Vaccination in Bombay 1874-1876 - 1874-1876
Year: 1874
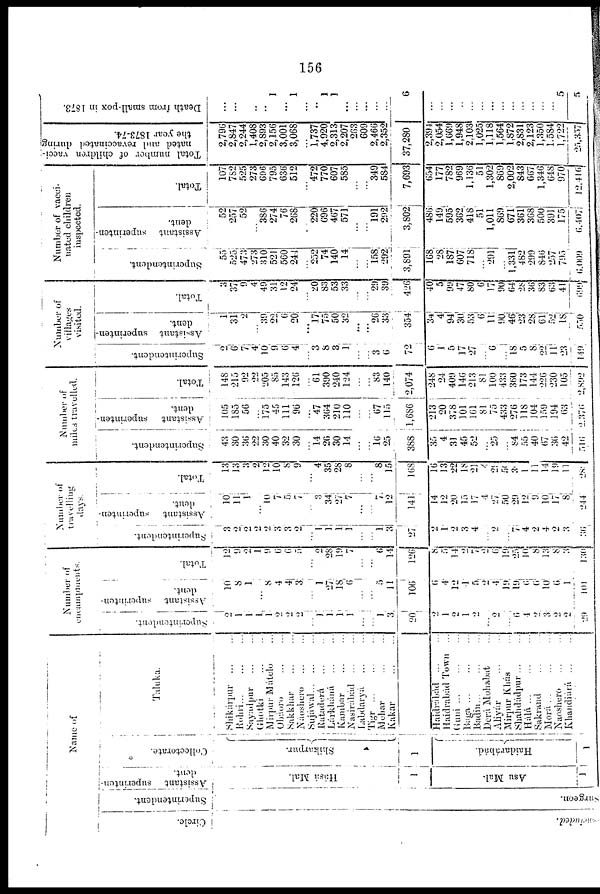
156
Name of
Circle.
concluded.
Superintendent.
Surgeon.
Assistant superinten-
dent.
Hásá Mal.
1
Asu Mal.
1
Collectorate.
Shikarpur.
1
Haidarábád.
1
Taluka.
Shikárpur
...
...
Rohri
...
...
...
Sayadpur ... ...
Ghotki
...
...
Mirpur Mátelo ...
Obáoro ... ...
Sakkhar ... ...
Náoshero ... ...
Sujáwal ... ... ...
Rataderá ... ...
Lárkháná ... ...
Kambar ... ...
Nasirábád
...
...
Labdaryá ... ...
Tigr
...
...
...
Mehar ... ...
Kakar
...
...
Haidrábád
...
...
Haidrabád Town ...
Guni ... ... ...
Baga
...
...
...
Badin ... ... ...
Derá Mohabat ...
Aliyár
...
...
Mirpur Khás ...
Shahdádpur ... ...
Hálá
...
...
...
Sakrand ... ...
Morá ... ... ...
Naoshero ... ...
Khandiárá ... ...
Number of
encampments.
Superintendent.
2
1 1
1
1
2
2
2
...
1
1
1
1
...
...
1
3
20
2
1
2
1
2
...
2
...
6
4
2
3
2
2
29
Assistant superinten-
dent.
10
8
1
...
8
4
4
3
...
1
27
18
6
...
...
5
11
106
6
4
12
4
5
2
4
19
19
6
6
10
6
1
101
Total.
12
9
2
1
9
6
6
5
...
2
28
19
7
...
...
6
14
126
8
5
14
2
7
2
6
19
25
10
8
13
8
3
130
Number of
travelling
days.
Superintendent.
3
2
2
2
2
3
3
2
...
1
1
1
1
...
...
1
3
27
2
1
2
3
4
...
2
...
7
4
2
4
2
3
36
Assistant superinten¬
dent.
10
11
1
...
10
7
5
7
...
3
34
27
7
...
...
7
12
141
14
12
20
15
17
4
27
50
29
12
9
10
17
8
244
Total.
13
13
3
2
12
10
8
9
...
4
35
28
8
...
...
8
15
168
16
13
22
18
21
4
29
50
30
1
11
14
19
11
281
Number of
miles travelled.
Superintendent.
43
30
36
22
30
40
32
30
...
14
26
30
14
...
...
16 25
388
35
4
31
45
52
...
25
...
84
55
40
67
36
42
516
Assistant superinten-
dent.
105
185
56
...
175
45
111
96
...
47
364
210
110
...
...
67
115
1,686
213
20
378
101
161
81
75
433
276
118
104
159
194
63
2,376
Total.
148
215
92
22
205
85
143
126
...
61
390
240
124
...
...
83
140
2,074
248
24
409
146
213
81
100
433
360
173
144
226
230
105
2,892
Number of
villages
visited.
Superintendent.
2
6
7
4
10
9
6
4
...
3
8
3
1
...
...
3
6
72
6
1
5
17
27
...
6
...
18
5
8
22
11
23
149
Assistant superinten-
dent.
1
31
2
...
39
22
6 20
...
17
75
50
32
...
...
26
33
354
34
4
94
30
53
6
11
90
46
23
28
61
52
18
550
Total.
3
37
9
4
49
31
12
24
... 20
83
53
33
...
...
29
39
426
40
5
99
47
80
6
17
90
64
28
36
83
63
41
699
Number of vacci¬
nated children
inspected.
Superintendent.
55
525
473
273
310
521
560
244
...
252
74
140
14
...
...
158
292
3,891
168
28
187
607
718
...
291
...
1,331
482
299
846
257
795
6,009
Assistant superinten-
dent.
52
257
52
...
386
274
76
268
...
220
696
467
571
...
...
191
292
3,802
486
149
595
362
418
51
1,011
869
671
361
368
500
391
175
6,407
Total.
107
782
525
273
696
795
636
512
...
472
770
607
585
...
...
349
584
7,693
654
177
782
969
1,136
51
1,302
869
2,002
843
667
1,346
648
970
12,416
Total number of children vacci-
nated and revaccinated during
the
year
1873-74.
2,796
2,847
2,244
1,408
2,893
2,156
3,001
3,068
...
1, 737
4,920
2,313
2,207
263
609
2,466
2,352
37,280
2,394
2,054
1,669
1,948
2,103
1,025
1,118
1,564
1,872
2,831
2,123
1,350
1,584
1,722
25,357
Death from small-pox in 1873.
...
...
...
...
...
1
...
1
...
...
1
1
...
...
...
...
...
6
...
...
...
...
...
...
...
...
...
...
...
...
...
5
5